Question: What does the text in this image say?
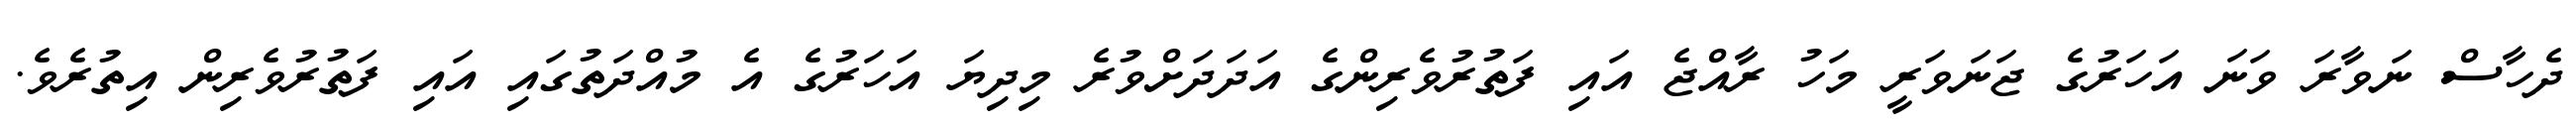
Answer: ދެހާސް ނަވާރަ ވަނަ އަހަރުގެ ޖަނަވަރީ މަހު ރާއްޖެ އައި ފަތުރުވެރިންގެ އަދަދަށްވުރެ މިދިޔަ އަހަރުގެ އެ މުއްދަތުގައި އައި ފަތުރުވެރިން އިތުރެވެ.